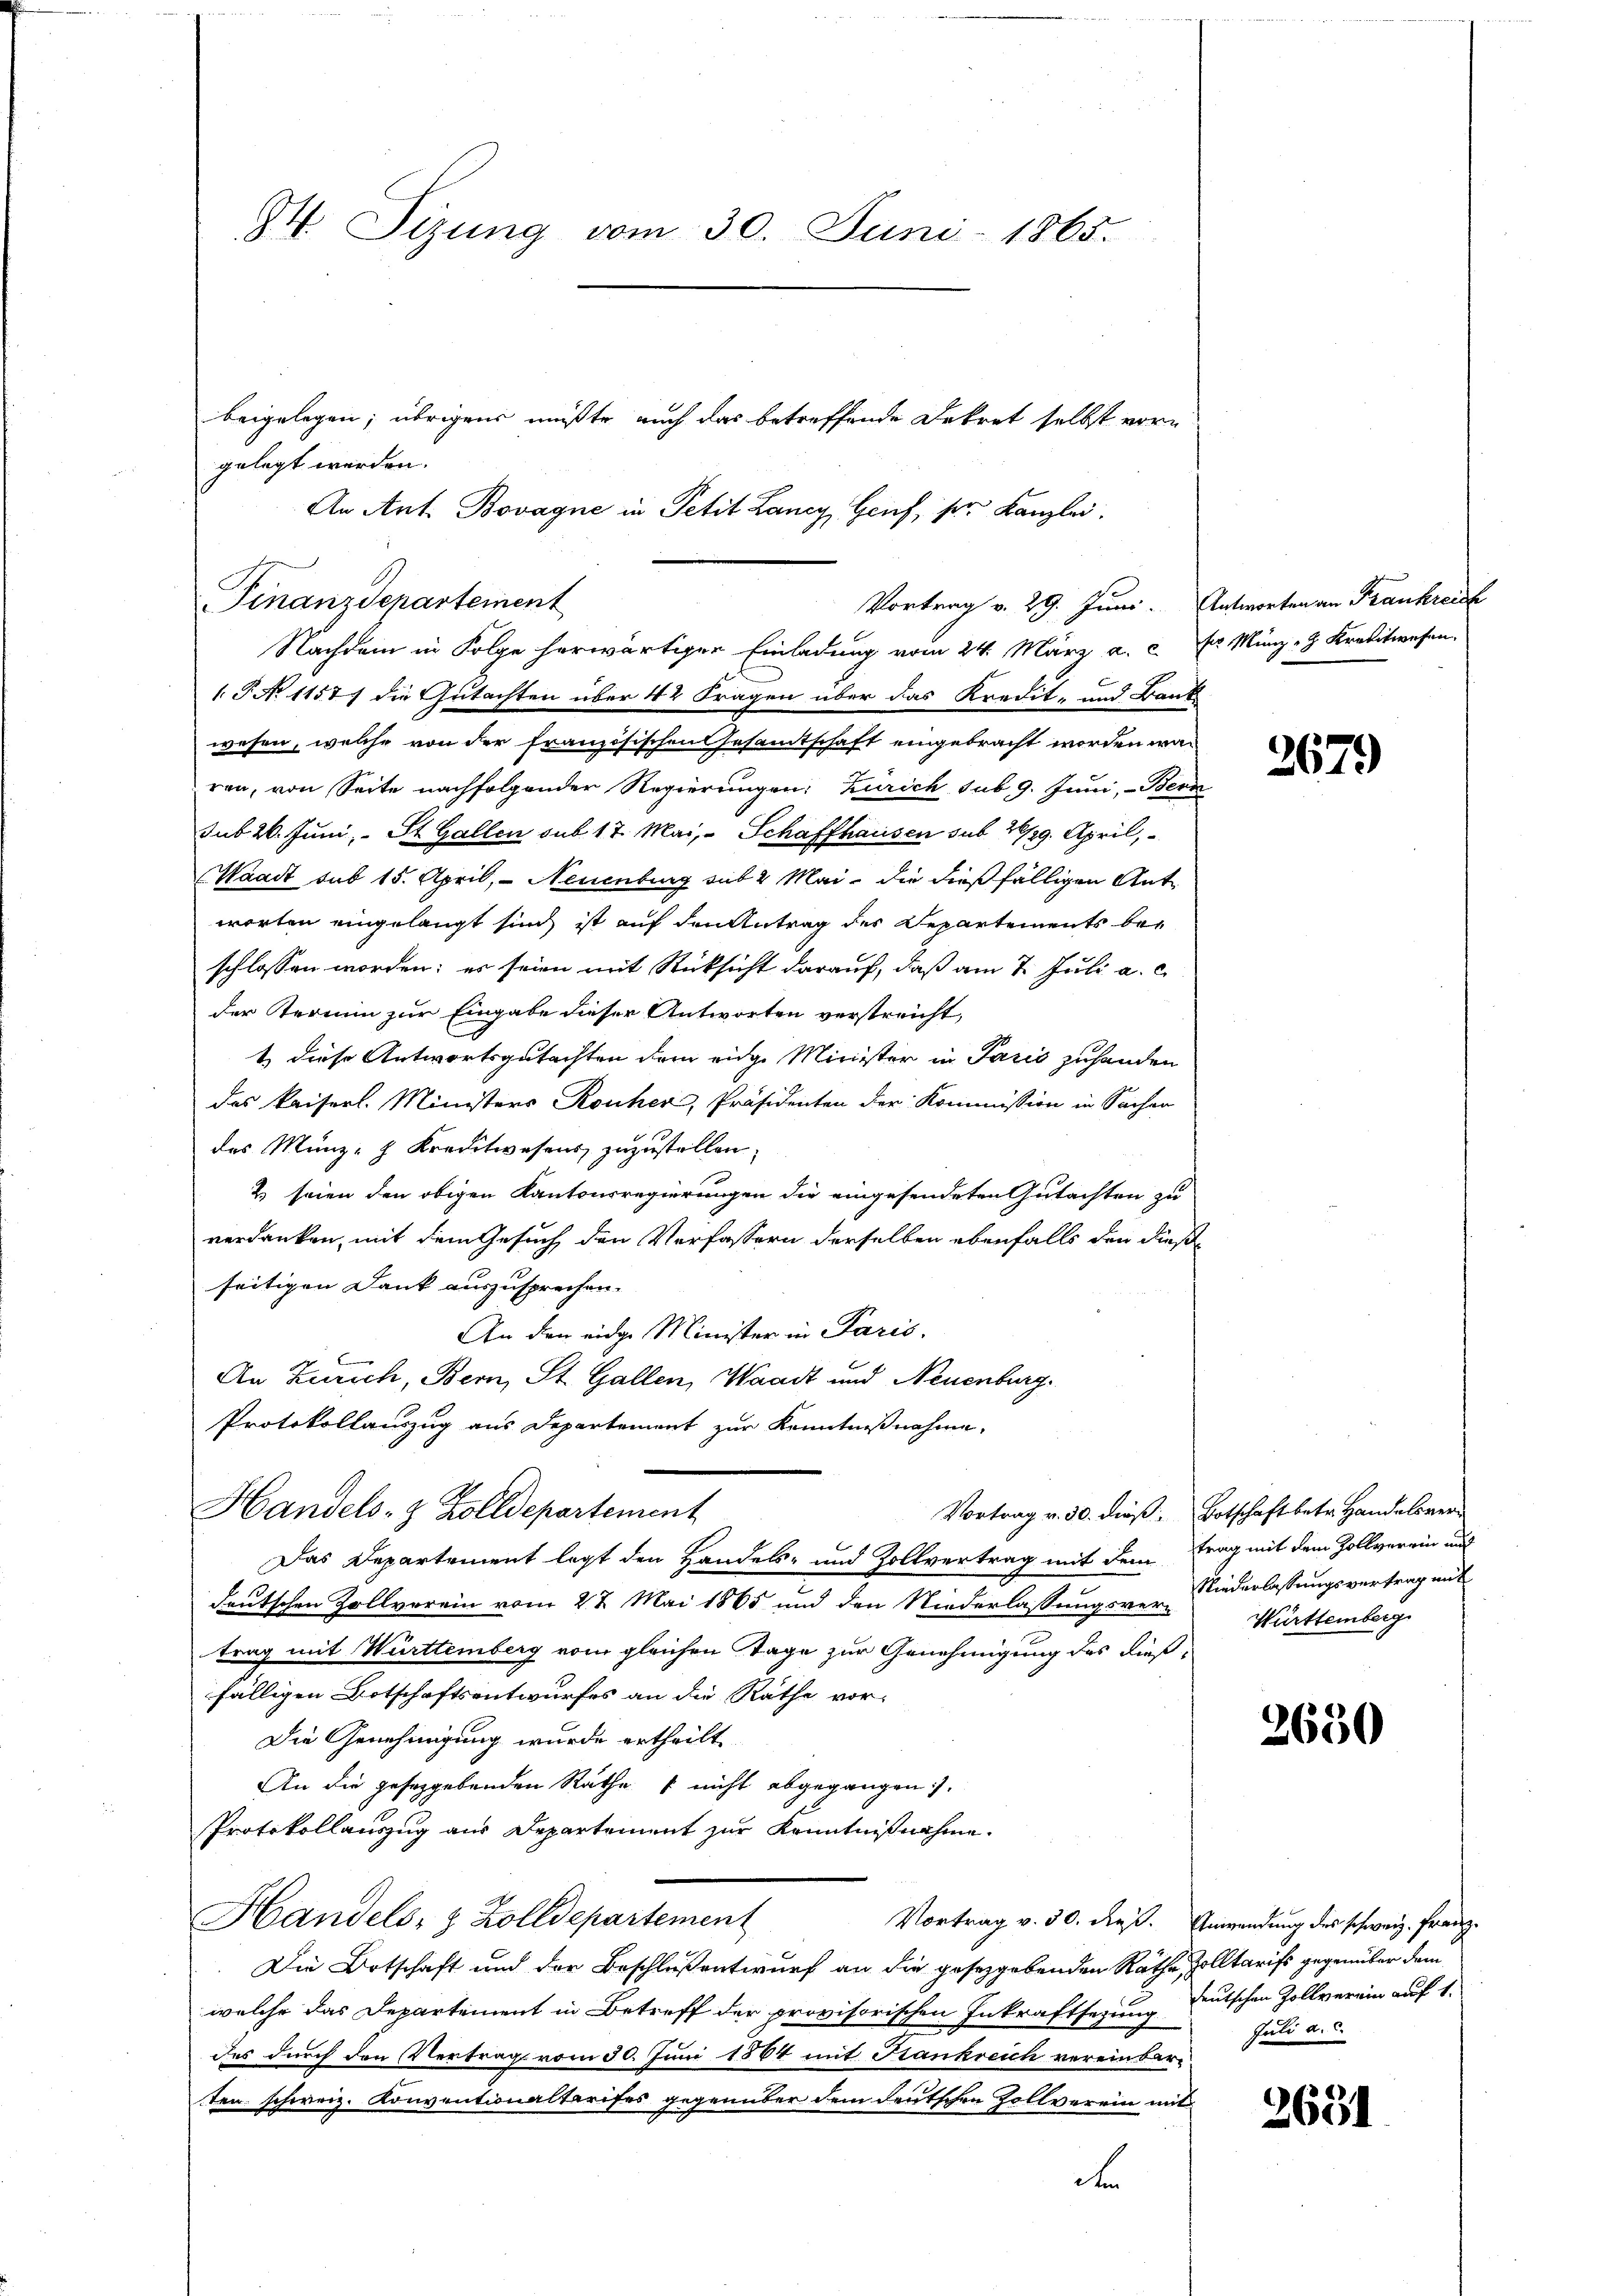
Finanzdepartement

34. Sizung vom 30. Juni 1865.

gelegt werden.
An Ant. Bovagne in Petit Lancy, Genf, ser Kanzlei.
Nachdem in Folge herwärtiger Einladung vom 24. März a. c. r Münz- & Kreditwesen.
P No 11571 die Gutachten über 42 Fragen über das Kredit- und Bank
wesen, welche von der französischen Gesamtschaft eingebracht worden war
ren, von Seite nachfolgender Regierungen: Zürich sub 9. Juni, Bern
sub 20. Juni, St. Gallen sub 17. Mai, Schaffhausen sub 26/29. April,
Waadt sub 15. April, - Neuenburg sub 2 Mai, die dießfälligen Antworten eingelangt sich ist auf den Antrag des Departements beschlossen worden; es seien mit Rücksicht darauf, daß am 7. Juli a. c.
der Termin zur Eingabe dieser Antworten verstreicht,
1 diese Antwortsgutachten dem eidge Minister in Paris zuhanden
das kaiserl. Ministers Rouher, Präsidenten der Kommission in Sachen
des Münz- & Kreditwesens zuzustellen.
2) seien den obigen Kantonsregierungen die eingesendeten Gutachten zu
verdanken, mit dem Gesuch den Verfassern derselben ebenfalls den dieße
seitigen Dank auszusprechen.
An dem eidge Minister in Paris,
An Zürich, Bern, St. Gallen, Waadt und Neuenburg.
Protokollauszug aus Departement zur Kenntnißnahme,
Handels- & Zolldepartement
Das Departement legt den Handels- und Zollvertrag mit dem Frag mit dem Zollverein und
deutschen Zollverein vom 27. Mai 1865 und den Niederlassungsver-Niederlassungsvertrag mit
trag mit Württemberg vom gleichen Tage zur Genehmigung des dießfälligen Botschaftsentwurfes an die Rathe vor-
Die Genehmigung wurde ertheilt.
An die geseggebenden Rathe & nicht abgegangen).
Protokollauszug aus Departement zur Kenntnißnahme
Handels- & Zolldepartement
Vortrag v. 30. dieß. Anwendung des schweiz. Franz¬
Die Ortschaft und der Beschloßentwurf an die gesetzgebenden Rathe Zolltarifs gegenüber dem
welche das Departement in Betreff der provisorischen Inkraftsezung deutschen Zollverein auf 1.
des durch den Vertrag vom 30. Juni 1864 mit Frankreich vereinbarten schweiz. Konventionaltarises gegenüber dem deutschen Zollverein mit
dr

beigelegen; übrigens mußte auch das betreffende Dekret selbst vorn

Vortrag v. 29. Juni. Antworten an Frankreich

2679

Vortrag v. 30. dieß: Botschaft betr. Handelsver¬
Württemberg

2650

Juli a. c.

2651